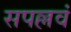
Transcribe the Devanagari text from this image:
सपल्लवं